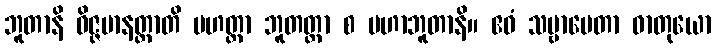
ဘူတာနိ ဝိဇ္ဇမာနတ္တာတိ မဟတ္တာ ဘူတတ္တာ စ မဟာဘူတာနိ။ ဧဝံ သဗ္ဗာပေတာ ဓာတုယော